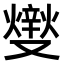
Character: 𤏻